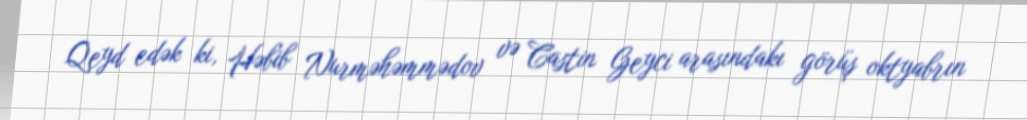
Qeyd edək ki, Həbib Nurməhəmmədov və Castin Geyci arasındakı görüş oktyabrın